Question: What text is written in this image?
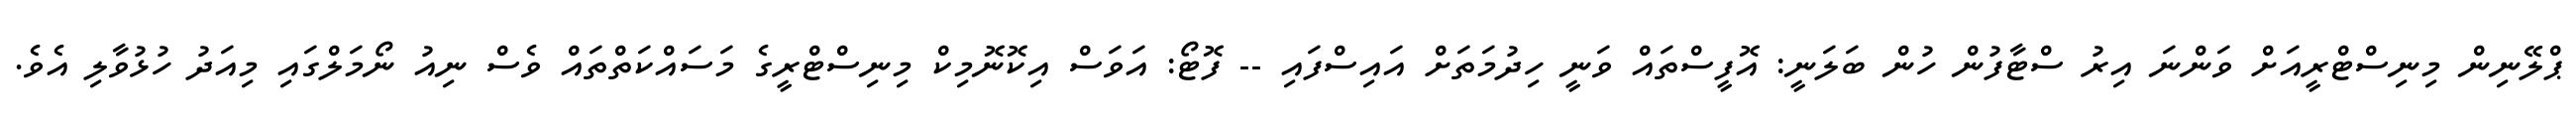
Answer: ޕްލޭނިން މިނިސްޓްރީއަށް ވަންނަ އިރު ސްޓާފުން ހުން ބަލަނީ: އޮފީސްތައް ވަނީ ހިދުމަތަށް އައިސްފައި -- ފޮޓޯ: އަވަސް އިކޮނޮމިކް މިނިސްޓްރީގެ މަސައްކަތްތައް ވެސް ނިއު ނޯމަލްގައި މިއަދު ހުޅުވާލި އެވެ.